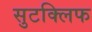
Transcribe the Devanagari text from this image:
सुटक्लिफ